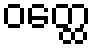
ဝတ္ထေ